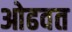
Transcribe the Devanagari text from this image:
ओढवत